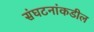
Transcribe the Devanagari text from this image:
संघटनांकडील